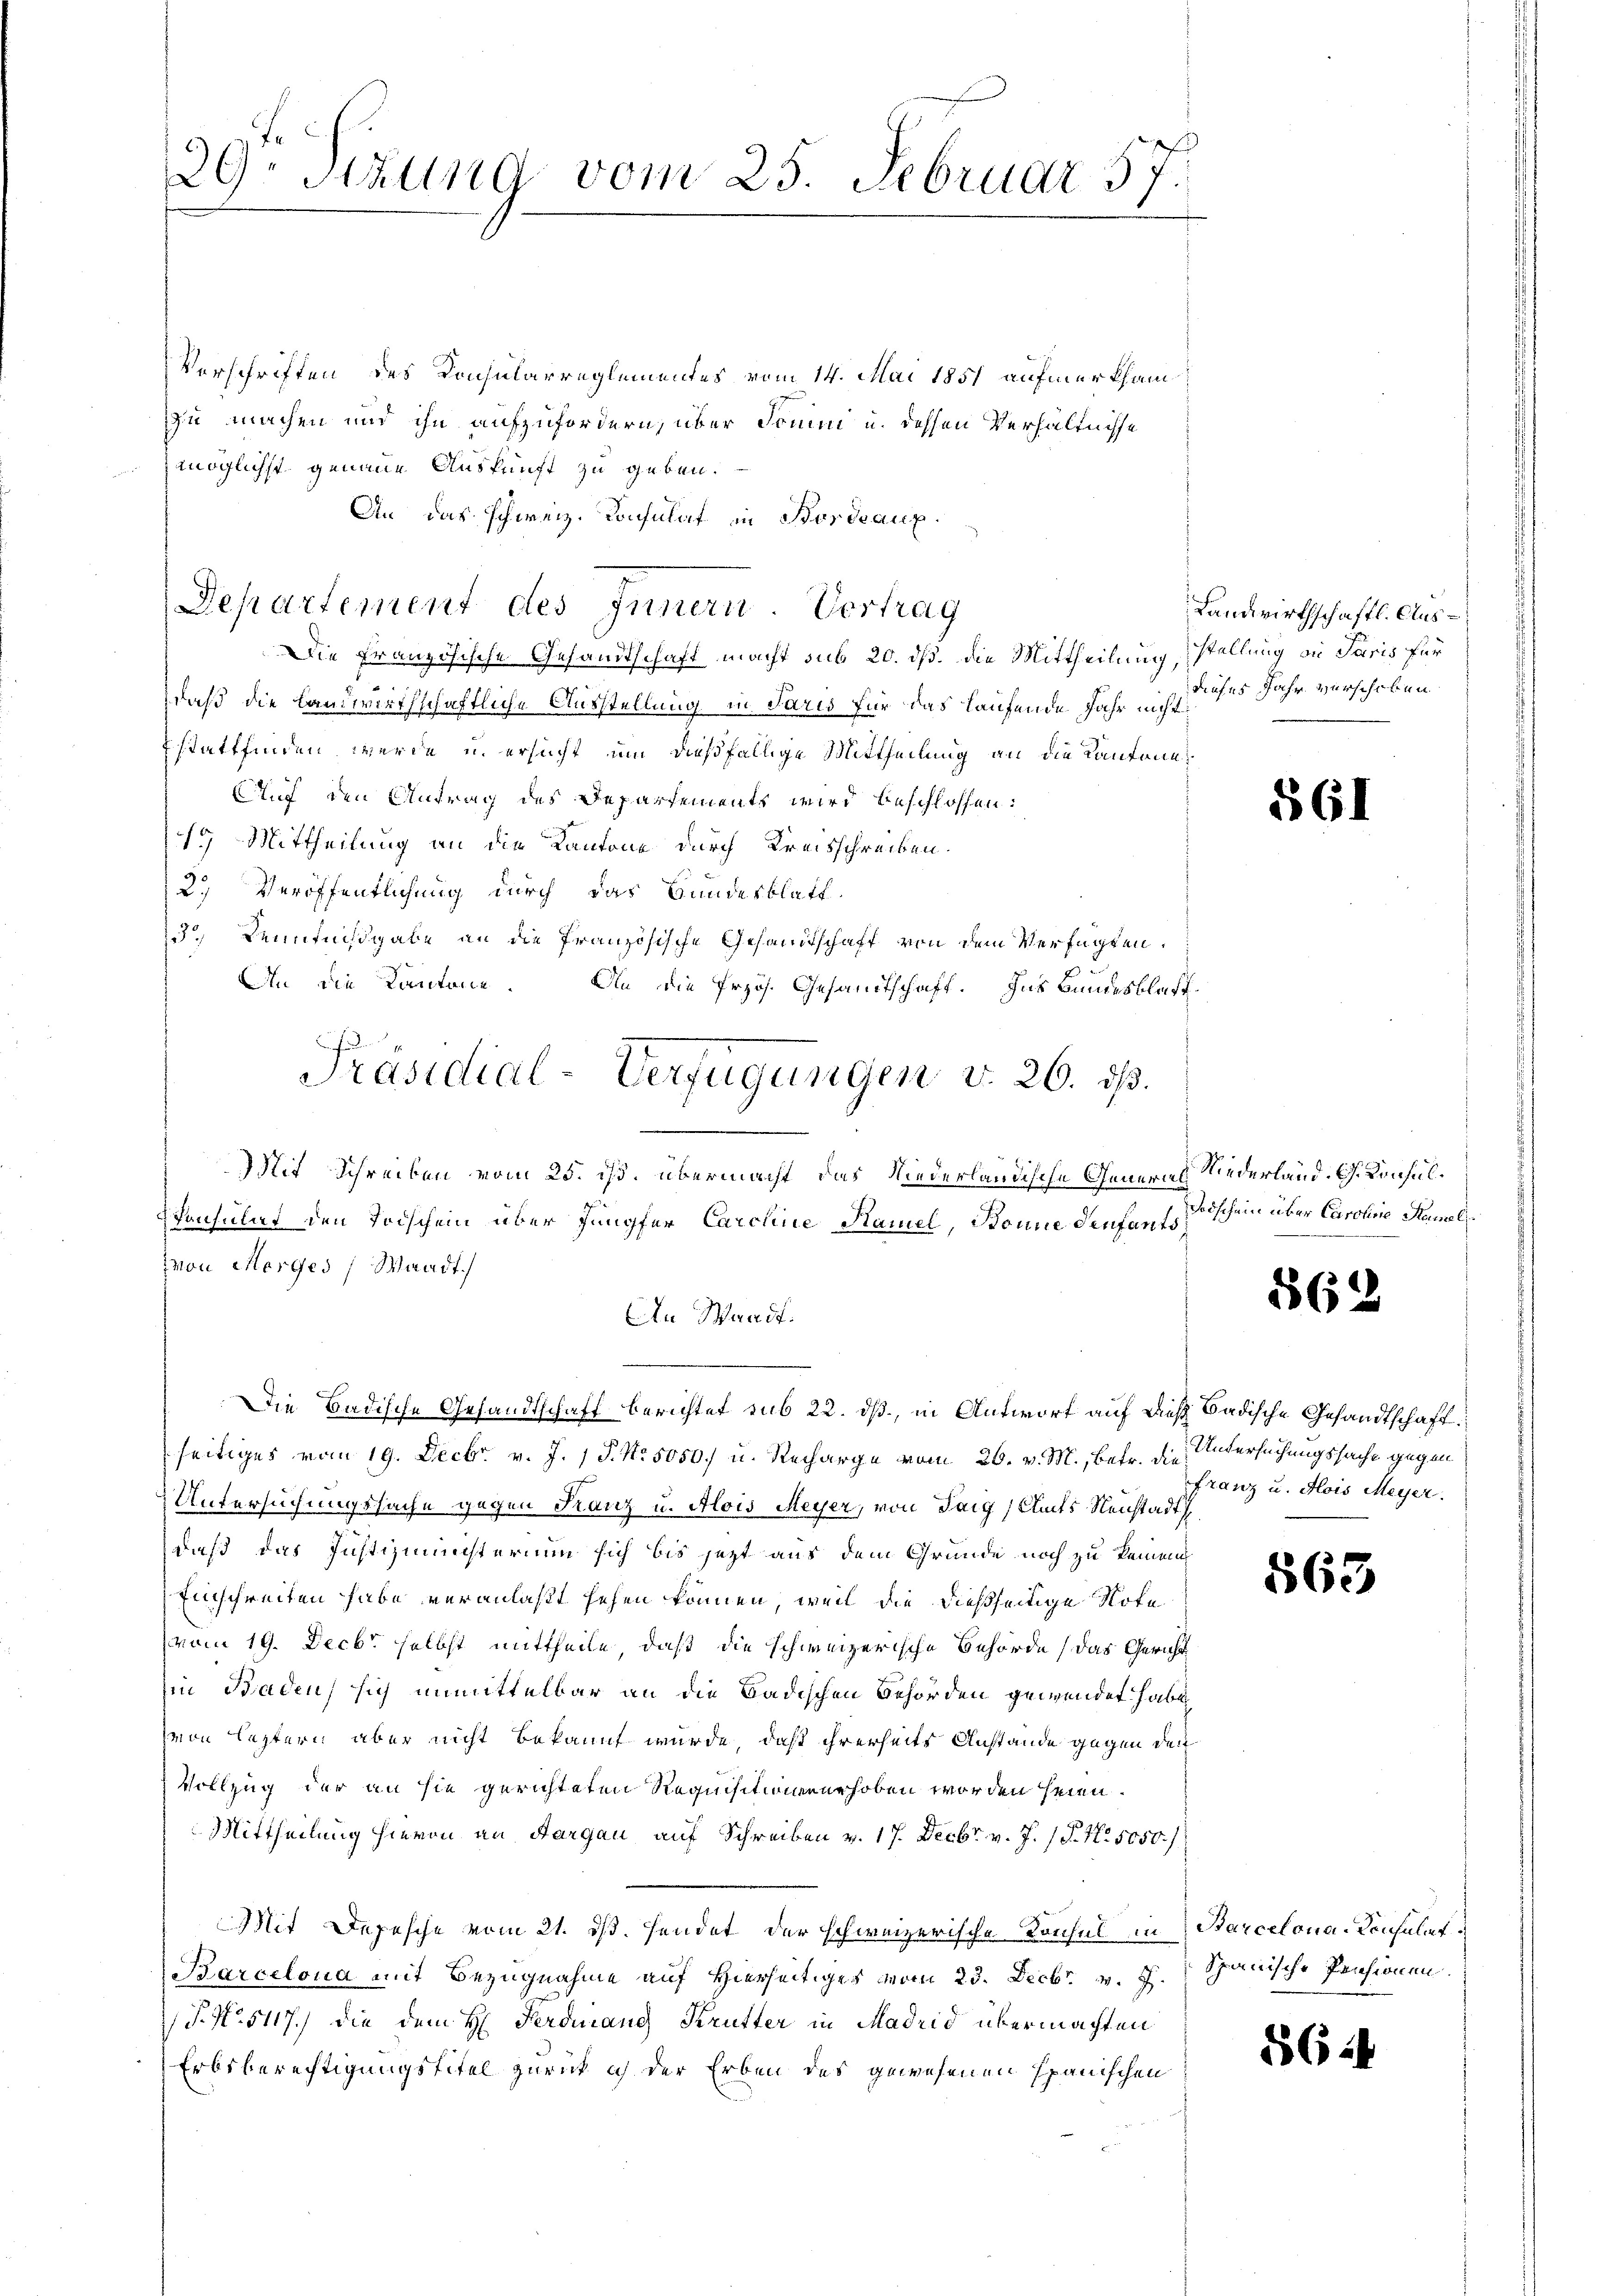
29. Stund vom 25. Februar 57.

Vorschriften des Konsularreglementes vom 14. Mai 1851 aufmerksam
zu machen und ihn aufzufordern, über Domini u. dessen Verhältnisse
möglichst genaue Auskunft zu geben.
An das schweiz. Konsulat in Bordeaux.
Departement des Innern. Vertrag
Die Französische Gesandtschaft macht sub 20. dß. Die Mittheilung,
daß die Landwirthschaftliche Ausstellung in Paris für das laufende Jahr nicht
stattfinden werde u. ersucht um dießfällige Mittheilung an die Kantone
Auf den Antrag des Departements wird beschlossen:
9 Mittheilung an die Kantone durch Kreisschreiben.
2.) Veröffentlichung durch das Bundesblatt
3.) Kenntnißgabe an die französische Gesandtschaft von dem Verfügten.
An die Kantone. An die Przös. Gesandtschaft. Ins Bundesblatt¬
Mit Schreiben vom 25. ist. übermacht, das Niederländische General Niederland. G. Konsul¬
Consulat den Todschen über Jungfer Caroline Stammel, Bonne denfants
Ion Morges (Waadt.
An Waadt.
Die Badische Gesandtschaft berichtet sub 22. ds., in Antworf auf dieß Badische Gesandtschaft
seitiges vom 19. Decbr. v. J. 1 P. Nr. 5050, u. Recharge vom 26. v. M., betr. die Untersuchungssache gegen
Untersuchungssache gegen Franz u. Alois Meyer, von Tag, Amts Neustadt
daß das Justizministerium sich bis jetzt aus dem Grunde noch zu keinem
Einschreiten habe veranlaßt sehen können, weil die dießseitige Note
vom 19. Decbr. selbst mittheile, daß die schweizerische Behörde (das Gericht
in Baden, sich unmittelbar an die Badischen Behörden gewendet habe
von letztern aber nicht bekannt wurde, daß ihrerseits Anstände gegen den
Vollzug der an sie gerichteten Requisitionenrhoben worden seien.
Mittheilung hievon an Aargau auf Schreiben v. 17. Decbr. v. J. 17. No. 5050/
Mit Depesche vom 21. ds. Hendet der schweizerische Konsul in Barcelona-Konsulat
Barcelona mit Bezugnahme auf Hierseitiges vom 23. Decbr. v. J. Spanische Pensionen
P. Nr. 5117) die dem H. Ferdinand Krütter in Madrid übermachten
Erbsberechtigungstitel zurück ich der Erben des gewesenen Spanischen

Präsidial-Verfügungen v. 26. ds.

Landwirthschafts-Ausstellung in Paris für
dieses Jahr verschoben

§61

Todschein über Caroline Staumel

562

franz u. Alois Meyer.

563

56.)